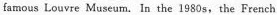
famous Louvre Museum. In the 1980 s, the French